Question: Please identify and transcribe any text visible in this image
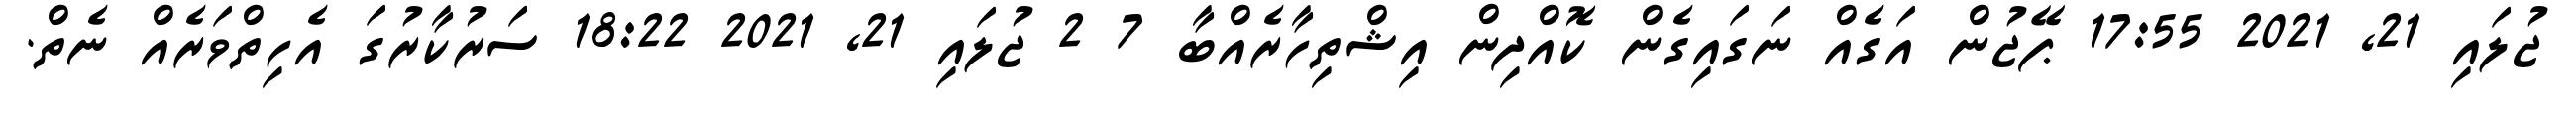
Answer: ޖުލައި 21, 2021 17:55 ޕޭޖުން އަގެއް ނަގައިގެން ކޮއްދިން އިޝްތިހާރެއްބާ 7 2 ޖުލައި 21, 2021 18:22 ސަރުކާރުގަ އެހިތްވަރެއް ނެތް.